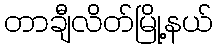
တာချီလိတ်မြို့နယ်